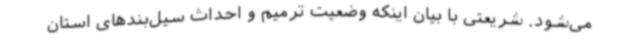
می‌شود. شریعتی با بیان اینکه وضعیت ترمیم و احداث سیل‌بندهای استان